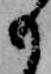
も